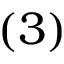
{ ( 3 ) }